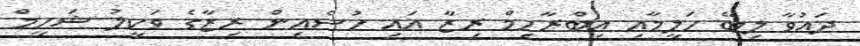
ދައުވާ ލިބޭ ހަލީމާއި އިބްރާހިމް ރިޒާ އައި ހުސެއިން ރިޒާގެ ވަކީލު ޝަހީމް